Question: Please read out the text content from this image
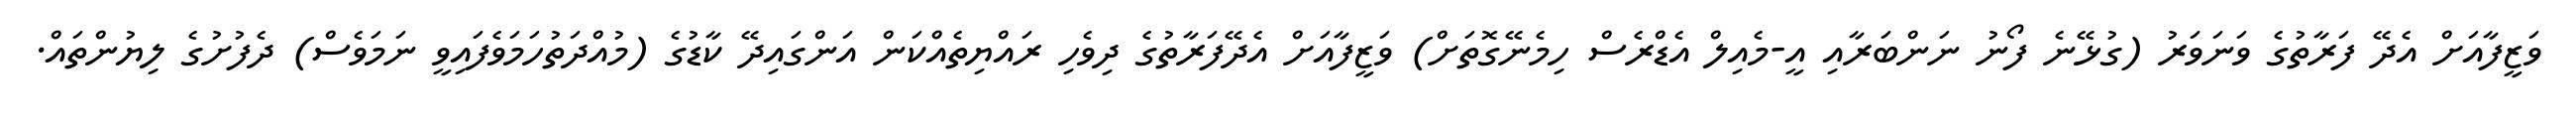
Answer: ވަޒީފާއަށް އެދޭ ފަރާތުގެ ވަނަވަރު (ގުޅޭނެ ފޯނު ނަންބަރާއި އީ-މެއިލް އެޑްރެސް ހިމެނޭގޮތަށް) ވަޒީފާއަށް އެދޭފަރާތުގެ ދިވެހި ރައްޔިތެއްކަން އަންގައިދޭ ކާޑުގެ (މުއްދަތުހަމަވެފައިވީ ނަމަވެސް) ދެފުށުގެ ލިޔުންތައް.